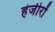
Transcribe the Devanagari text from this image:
हंजीरों